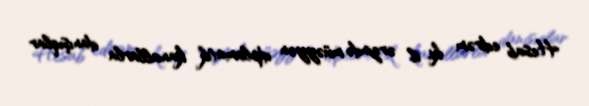
Hesab edirəm ki, il ərzində müəyyən diplomatik kanallarla danışıqlar